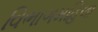
વિભાગમહિલા